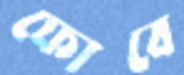
ফোবে